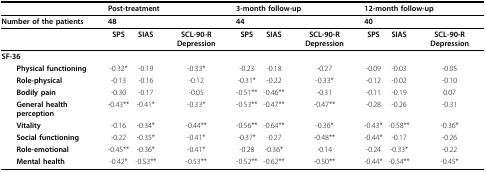
<table><thead><tr><td></td><td colspan="3"><b>Post-treatment</b></td><td colspan="3"><b>3-month follow-up</b></td><td colspan="3"><b>12-month follow-up</b></td></tr></thead><tbody><tr><td><b>Number of the patients</b></td><td colspan="3"><b>48</b></td><td colspan="3"><b>44</b></td><td colspan="3"><b>40</b></td></tr><tr><td></td><td><b>SPS</b></td><td><b>SIAS</b></td><td><b>SCL-90-R Depression</b></td><td><b>SPS</b></td><td><b>SIAS</b></td><td><b>SCL-90-R Depression</b></td><td><b>SPS</b></td><td><b>SIAS</b></td><td><b>SCL-90-R Depression</b></td></tr><tr><td><b>SF-36</b></td><td></td><td></td><td></td><td></td><td></td><td></td><td></td><td></td><td></td></tr><tr><td> <b>Physical functioning</b></td><td>-0.32*</td><td>-0.19</td><td>-0.33*</td><td>-0.23</td><td>-0.18</td><td>-0.27</td><td>-0.09</td><td>-0.03</td><td>-0.05</td></tr><tr><td> <b>Role-physical</b></td><td>-0.13</td><td>-0.16</td><td>-0.12</td><td>-0.31*</td><td>-0.22</td><td>-0.33*</td><td>-0.12</td><td>-0.02</td><td>-0.10</td></tr><tr><td> <b>Bodily pain</b></td><td>-0.30</td><td>-0.17</td><td>-0.05</td><td>-0.51**</td><td>-0.46**</td><td>-0.31</td><td>-0.11</td><td>-0.19</td><td>0.07</td></tr><tr><td> <b>General health perception</b></td><td>-0.43**</td><td>-0.41*</td><td>-0.33*</td><td>-0.53**</td><td>-0.47**</td><td>-0.47**</td><td>-0.28</td><td>-0.26</td><td>-0.31</td></tr><tr><td> <b>Vitality</b></td><td>-0.16</td><td>-0.34*</td><td>-0.44**</td><td>-0.56**</td><td>-0.64**</td><td>-0.36*</td><td>-0.43*</td><td>-0.58**</td><td>-0.36*</td></tr><tr><td> <b>Social functioning</b></td><td>-0.22</td><td>-0.35*</td><td>-0.41*</td><td>-0.37*</td><td>-0.27</td><td>-0.48**</td><td>-0.44*</td><td>-0.17</td><td>-0.26</td></tr><tr><td> <b>Role-emotional</b></td><td>-0.45**</td><td>-0.36*</td><td>-0.41*</td><td>-0.28</td><td>-0.36*</td><td>-0.14</td><td>-0.24</td><td>-0.33*</td><td>-0.22</td></tr><tr><td> <b>Mental health</b></td><td>-0.42*</td><td>-0.53**</td><td>-0.53**</td><td>-0.52**</td><td>-0.62**</td><td>-0.50**</td><td>-0.44*</td><td>-0.54**</td><td>-0.45*</td></tr></tbody></table>